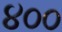
૪૦૦